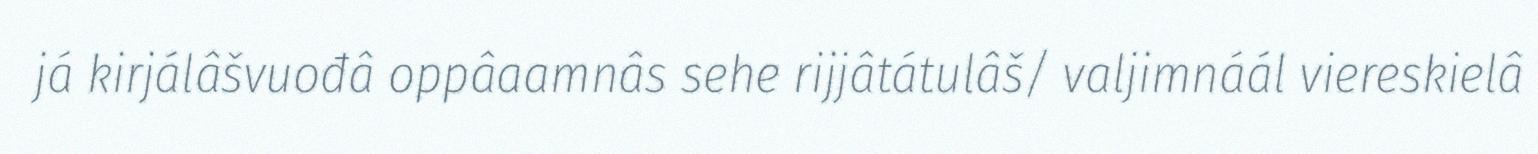
já kirjálâšvuođâ oppâaamnâs sehe rijjâtátulâš/ valjimnáál viereskielâ